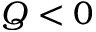
Q < 0